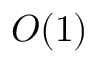
{ \cal O } ( 1 )